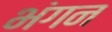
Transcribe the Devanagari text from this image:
भंगन